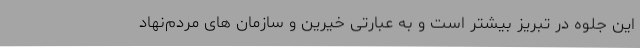
این جلوه در تبریز بیشتر است و به عبارتی خیرین و سازمان های مردم‌نهاد